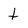
Character: t